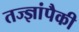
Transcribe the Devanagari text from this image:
तज्‍ज्ञांपैकी